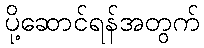
ပို့ဆောင်ရန်အတွက်